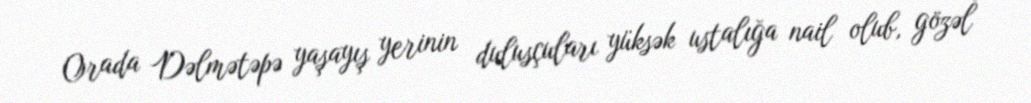
Orada Dəlmətəpə yaşayış yerinin dulusçuları yüksək ustalığa nail olub, gözəl